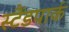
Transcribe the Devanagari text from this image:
स्टैंडपार्क